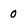
Character: 0